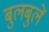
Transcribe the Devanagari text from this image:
बुलबुलें